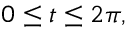
0 \leq t \leq 2 \pi ,